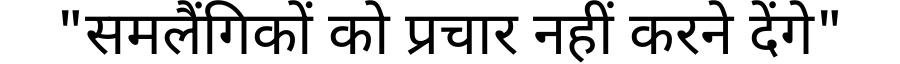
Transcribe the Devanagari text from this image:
"समलैंगिकों को प्रचार नहीं करने देंगे"